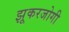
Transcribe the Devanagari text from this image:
झूकरजोगी